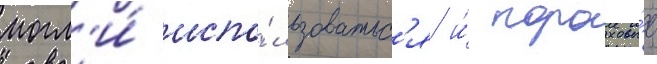
могл'и́ испо́льзоватьс'я и́ пороховы́е